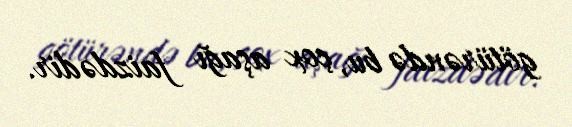
götürəndə bu, çox aşağı faizdədir.